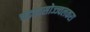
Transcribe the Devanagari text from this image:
चंद्रहासोज्ज्वलकरा